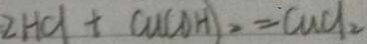
2 H C l + C u ( O H ) _ { 2 } = C u C l _ { 2 }